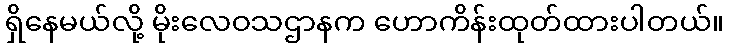
ရှိနေမယ်လို့ မိုးလေဝသဌာနက ဟောကိန်းထုတ်ထားပါတယ်။